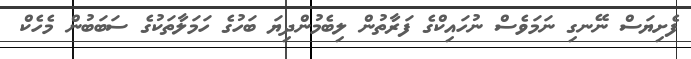
ފެށިޔަސް ނޭނގި ނަމަވެސް ނުހައިކްގެ ފަރާތުން ލިބެމުންދިޔަ ބަހުގެ ހަމަލާތަކުގެ ސަބަބުން މެހެކް